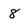
Character: 8